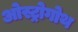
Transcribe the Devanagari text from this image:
ओस्ट्रोगोथ